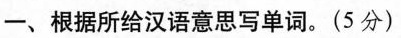
一、根据所给汉语意思写单词。(5分)